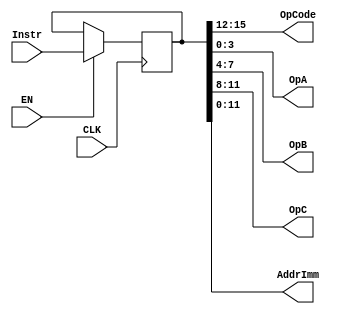
//							Iuri Silva Castro
//			Mestrando em Engenharia Eletrica - PPGEE
//			Universidade Federal de Minas Gerais - UFMG
//									2/2017

/* 	Decodificar de instruoes
	Recebe uma instruao de 16-bit na forma	INSTR	DST, IMM|REGB, REGA
	EN: Enable
*/
module Decoder ( Instr, OpCode, OpA, OpB, OpC, AddrImm, CLK, EN );
	
	input CLK, EN;
	input [15:0] Instr;
	output [3:0] OpCode, OpA, OpB, OpC;
	output [11:0] AddrImm;
	
	reg [15:0] InstrReg;				// Instruction Register
	
	assign OpCode	= InstrReg[15:12];
	assign OpC 		= InstrReg[11:8];
	assign OpB		= InstrReg[7:4];
	assign OpA		= InstrReg[3:0];
	assign AddrImm = InstrReg[11:0];
	
	always @( posedge CLK ) begin
		if (EN) begin
			InstrReg <= Instr;
		end
	end
endmodule